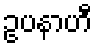
ဥပနာဟီ